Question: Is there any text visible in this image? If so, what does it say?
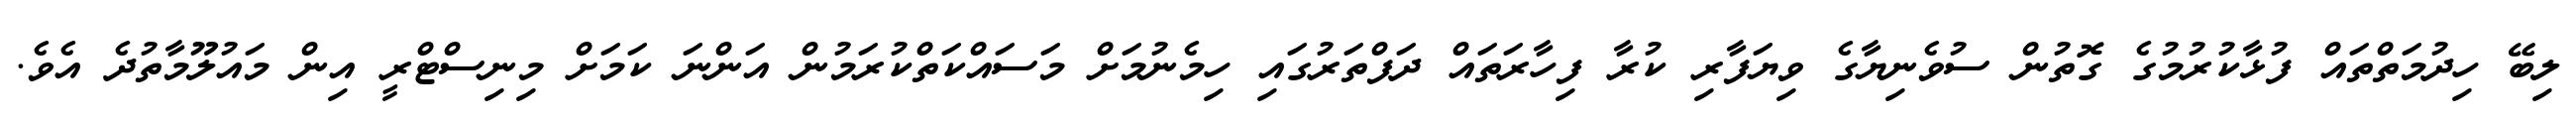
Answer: ލިބޭ ހިދުމަތްތައް ފުޅާކުރުމުގެ ގޮތުން ސުވެނިޔާގެ ވިޔަފާރި ކުރާ ފިހާރަތައް ދަފްތަރުގައި ހިމެނުމަށް މަސައްކަތްކުރަމުން އަންނަ ކަމަށް މިނިސްޓްރީ އިން މައުލޫމާތުދެ އެވެ.